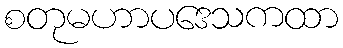
စတုမဟာပဒေသကထာ